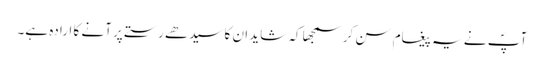
آپؐ نے یہ پیغام سن کر سمجھا کہ شاید ان کا سیدھے رستے پر آنے کا ارادہ ہے۔